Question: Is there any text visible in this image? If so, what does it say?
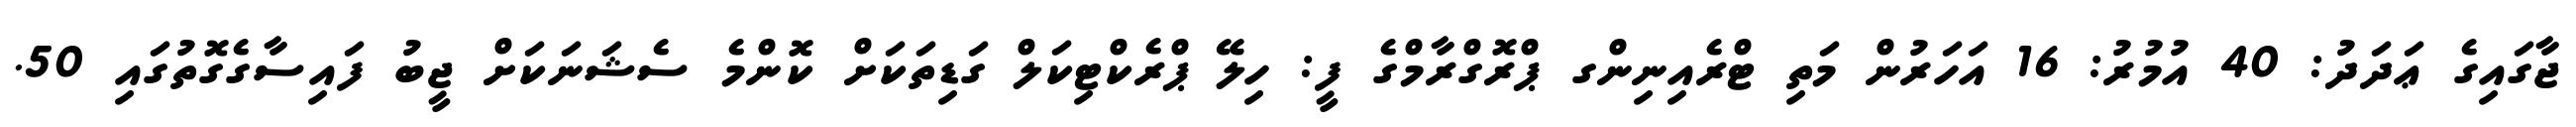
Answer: ޖާގައިގެ ޢަދަދު: 40 އުމުރު: 16 އަހަރުން މަތި ޓްރެއިނިންގ ޕްރޮގްރާމްގެ ފީ: ހިލޭ ޕްރެކްޓިކަލް ގަޑިތަކަށް ކޮންމެ ސެޝަނަކަށް ޖީބު ފައިސާގެގޮތުގައި 50.